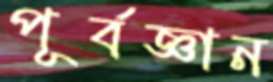
পূর্বজ্ঞান